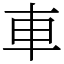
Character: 車